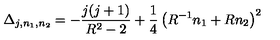
\Delta _ { j , n _ { 1 } , n _ { 2 } } = - { \frac { j ( j + 1 ) } { R ^ { 2 } - 2 } } + { \frac { 1 } { 4 } } \left( R ^ { - 1 } n _ { 1 } + R n _ { 2 } \right) ^ { 2 }